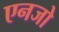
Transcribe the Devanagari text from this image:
एनजो